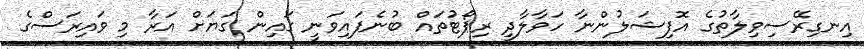
އިނގިރޭސިވިލާތުގެ އޮފިޝަލުންނާ ހަވާލާދީ ރިޕޯޓުތައް ބުނެފައިވަނީ ގައިން ގަޔަށް އަރާ މި ވައިރަސްގެ